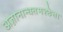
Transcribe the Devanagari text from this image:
अज्ञानान्धतमश्छेत्ता